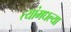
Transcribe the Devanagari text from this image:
त्यांमधल्या